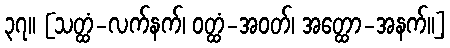
၃၇။ [သတ္ထံ-လက်နက်၊ ဝတ္ထံ-အဝတ်၊ အတ္ထော-အနက်။]